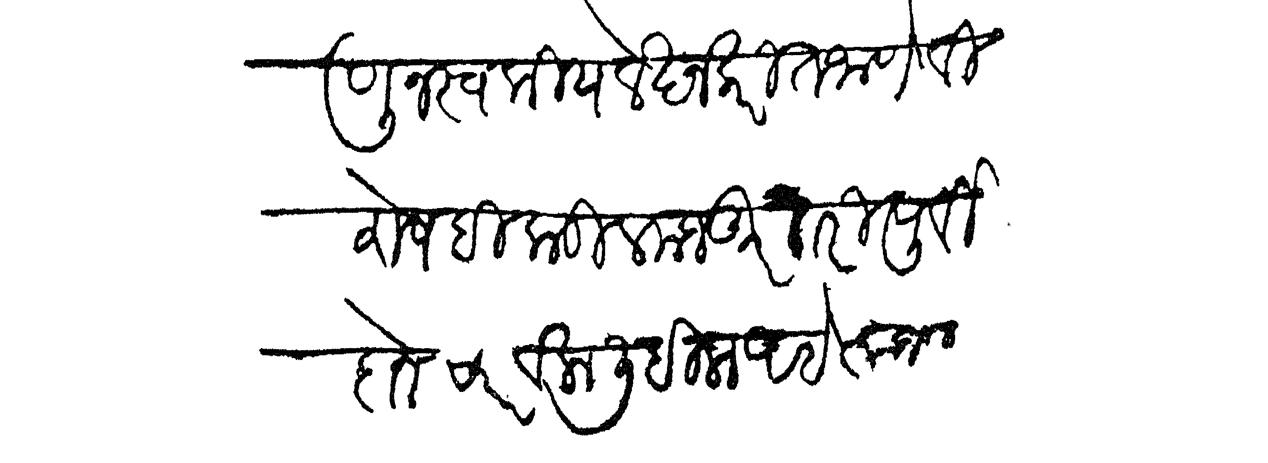
Transliteration (Devanagari): णून स्वकीय लेखन करीत जाणे विशेष हिकडील मजकूर तरी पूर्वी दोन च्यार वेला लिहिला आहे त्याजवरू